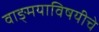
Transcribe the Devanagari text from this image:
वाङ्‌मयाविषयीचे